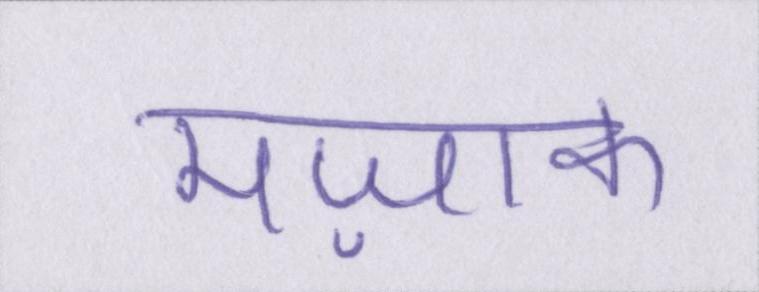
मज़ाक